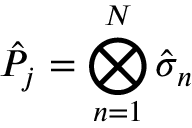
\hat { P } _ { j } = \bigotimes _ { n = 1 } ^ { N } \hat { \sigma } _ { n }